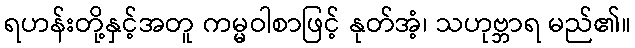
ရဟန်းတို့နှင့်အတူ ကမ္မဝါစာဖြင့် နုတ်အံ့၊ သဟုဗ္ဘာရ မည်၏။